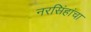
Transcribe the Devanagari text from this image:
नरसिंहांचा